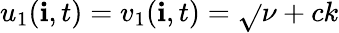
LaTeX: u_{1}(\mathbf{i},t)=v_{1}(\mathbf{i},t)=\sqrt{}{{\nu+ck}}